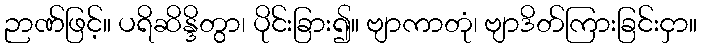
ဉာဏ်ဖြင့်။ ပရိဆိန္ဒိတွာ၊ ပိုင်းခြား၍။ ဗျာကာတုံ၊ ဗျာဒိတ်ကြားခြင်းငှာ။